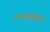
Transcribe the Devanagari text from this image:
धनसंक्रांत